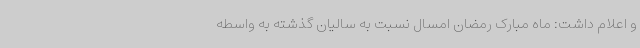
و اعلام داشت: ماه مبارک رمضان امسال نسبت به سالیان گذشته به واسطه